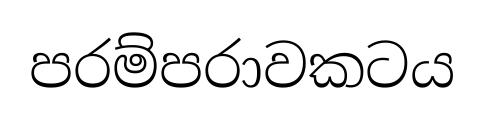
පරම්පරාවකටය